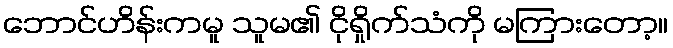
ဘောင်ဟိန်းကမူ သူမ၏ ငိုရှိုက်သံကို မကြားတော့။